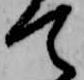
て